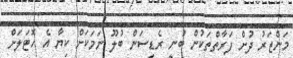
މަންޒަރު ދުށް ފަރާތްތަކުން ބުނީ ރެޑިސަން ބުލޫ ނަމަކަށް ކިޔާ އެ ހޮޓަލަށް